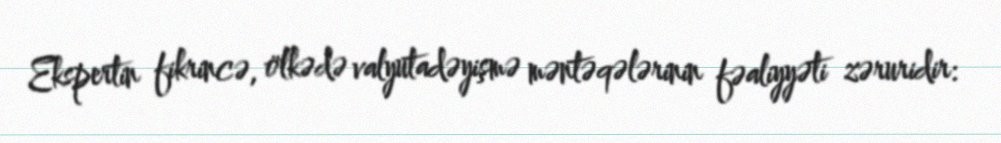
Ekspertin fikrincə, ölkədə valyutadəyişmə məntəqələrinin fəaliyyəti zəruridir: